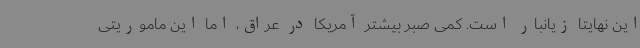
این نهایتا زیانبار است. کمی صبر بیشتر آمریکا در عراق، اما این ماموریتی